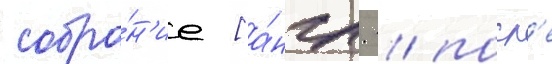
собра́н'ие [а́нгл. / посл'е